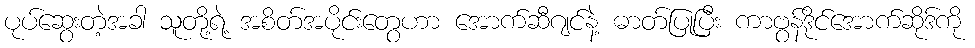
ပုပ်ဆွေးတဲ့အခါ သူတို့ရဲ့ အစိတ်အပိုင်းတွေဟာ အောက်ဆီဂျင်နဲ့ ဓာတ်ပြုပြီး ကာဗွန်ဒိုင်အောက်ဆိုဒ်ကို